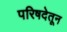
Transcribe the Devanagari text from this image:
परिषदेतून